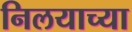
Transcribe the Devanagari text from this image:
निलयाच्या